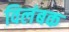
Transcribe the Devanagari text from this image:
विलंबक